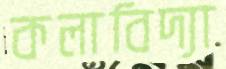
কলাবিদ্যা